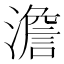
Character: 澹